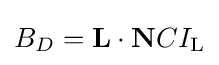
B_{D}=\mathbf {L} \cdot \mathbf {N} CI_{\text{L}}